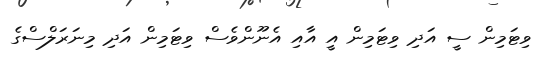
ވިޓަމިން ސީ އަދި ވިޓަމިން އީ އާއި އެނޫންވެސް ވިޓަމިން އަދި މިނަރަލްސްގެ